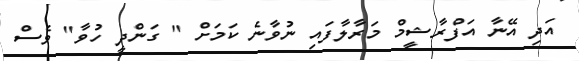
އަދި އޭނާ އަފްރާޝީމް މަރާލާފައި ނުވާނެ ކަމަށް " ގަންދީ ހުވާ" ވެސް